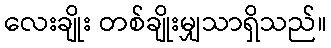
လေးချိုး တစ်ချိုးမျှသာရှိသည်။